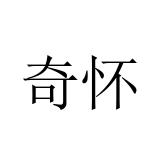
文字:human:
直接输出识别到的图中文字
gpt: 奇怀